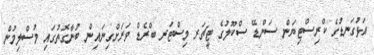
އަޅުގަނޑުގެ ކްރިސްޓިޔަން ސަންޑޭ ސްކޫލުގެ ޓީޗަރ މިސްޓަރ ބްރެޑް ވަރަށްގިނައިން ބުނާގޮތުގައި މުސްލިމުން